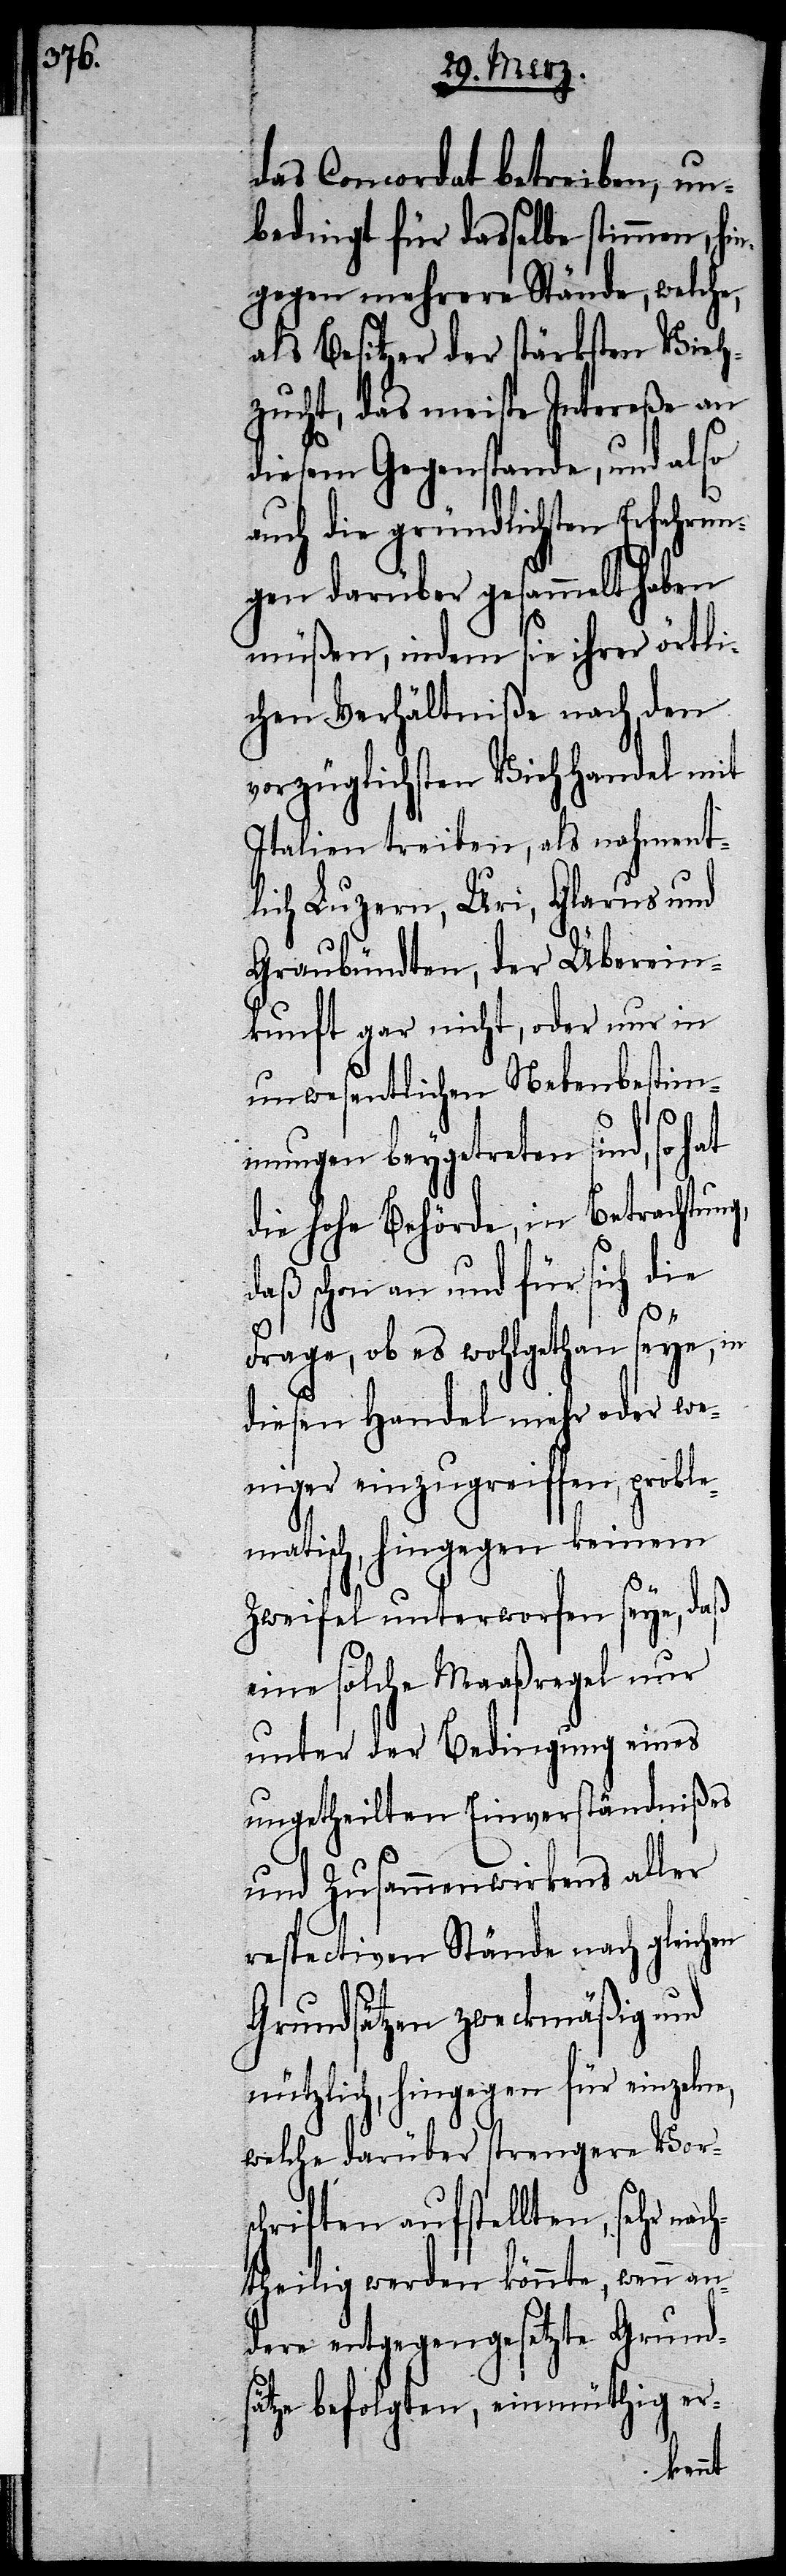
das Concordat betreiben, un¬
bedingt für dasselbe stimmen, hi¬
ngegen mehrere Stände, welche,
als Besitzer der stärksten Vieh¬
zucht, das meiste Intereße an
diesem Gegenstande, und also
auch die gründlichsten Erfahrun¬
gen darüber gesammelt haben
müßen, indem sie ihrer örtli¬
chen Verhältniße nach, den
vorzüglichsten Viehhandel mit
Italien treiben, als nahment¬
lich Luzern, Uri, Glarus und
Graubündten, die Überein¬
kunft gar nicht, oder nur in
unwesentlichen Nebenbestim¬
mungen beygetreten sind, so hat
die hohe Behörde, in Betrachtung,
daß schon an und für sich die
Frage, ob es wohlgethan seye, in
diesen Handel mehr oder we¬
niger einzugreiffen, proble¬
matisch, hingegen keinem
Zweifel unterworfen seye, daß
eine solche Maaßregel nur
unter der Bedingung eines
ungetheilten Einverständnißes
und Zusammenwirkens aller
respectiven Stände nach gleich¬
Grundsätzen zweckmäßig und
nützlich, hingegen für einzeln¬
welche darüber strengere Vorsc¬
hriften aufstellten, sehr nac¬
htheilig werden könnte, wenn an¬
dere entgegengesetzte Grunds¬
ätze befolgten, einmüthig er-
e,